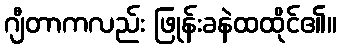
ဂျီတာကလည်း ဖြုန်းခနဲထထိုင်၏။